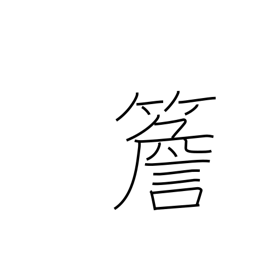
Meaning: eaves